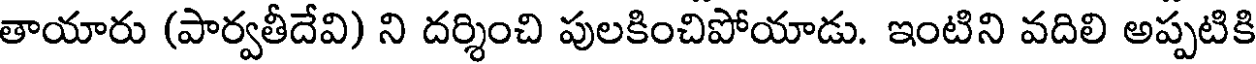
తాయారు (పార్వతీదేవి) ని దర్శించి పులకించిపోయాడు. ఇంటిని వదిలి అప్పటికి